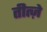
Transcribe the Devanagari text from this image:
तीत्ज़े